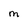
Character: M